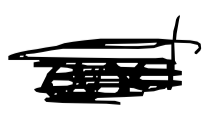
Text: and
Cross-out: scratch
Writing tool: digital_black